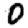
Digit: 0